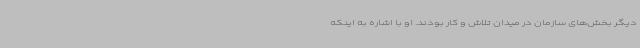
دیگر بخش‌های سازمان در میدان تلاش و کار بودند. او با اشاره به اینکه